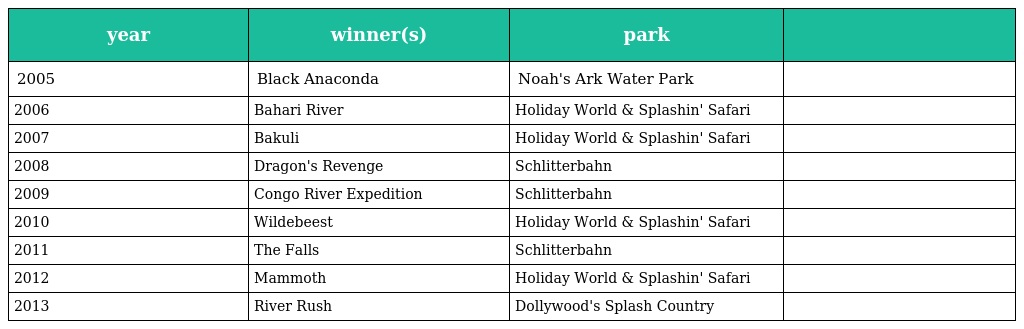
| year | winner(s) | park |  |
 | --- | --- | --- | --- |
 | 2005 | Black Anaconda | Noah's Ark Water Park |  |
 | 2006 | Bahari River | Holiday World & Splashin' Safari |  |
 | 2007 | Bakuli | Holiday World & Splashin' Safari |  |
 | 2008 | Dragon's Revenge | Schlitterbahn |  |
 | 2009 | Congo River Expedition | Schlitterbahn |  |
 | 2010 | Wildebeest | Holiday World & Splashin' Safari |  |
 | 2011 | The Falls | Schlitterbahn |  |
 | 2012 | Mammoth | Holiday World & Splashin' Safari |  |
 | 2013 | River Rush | Dollywood's Splash Country |  |